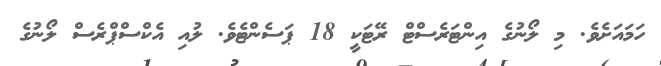
ހަމައަށެވެ. މި ލޯނުގެ އިންޓަރެސްޓް ރޭޓަކީ 18 ޕަސެންޓެވެ. ލުއި އެކްސްޕްރެސް ލޯނުގެ